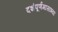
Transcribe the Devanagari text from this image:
दशंपूर्णमासाभ्यां